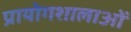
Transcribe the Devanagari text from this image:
प्रायोगशालाओं